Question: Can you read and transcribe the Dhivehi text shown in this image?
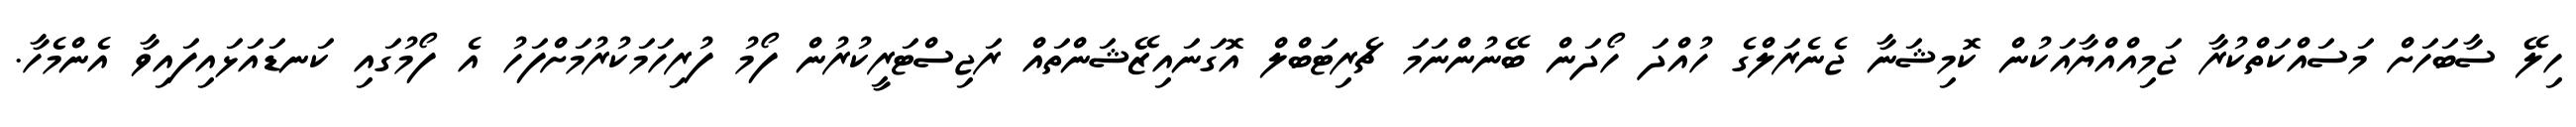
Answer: ހިލޭ ސާބަހަށް މަސައްކަތްކުރާ ޖަމިއްއްޔާއަކުން ކޮމިޝަނާ ޖެނެރަލްގެ ހުއްދަ ހޯދަން ބޭނުންނަމަ ޗެރިޓަބްލް އޮގަނައިޒޭޝަންތައް ރަޖިސްޓަރީކުރުން ފޯމު ފުރިހަމަކުރުމަށްފަހު އެ ފޯމުގައި ކަނޑައަޅައިފައިވާ އެންމެހާ.